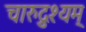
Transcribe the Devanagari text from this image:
चारुद्रुश्यम्